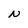
Character: N